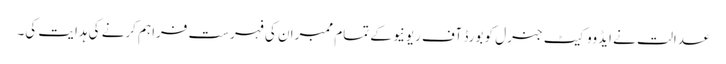
عدالت نے ایڈووکیٹ جنرل کو بورڈ آف ریونیو کے تمام ممبران کی فہرست فراہم کرنے کی ہدایت کی۔